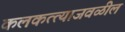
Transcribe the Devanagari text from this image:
कलकत्त्याजवळील